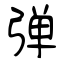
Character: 弹